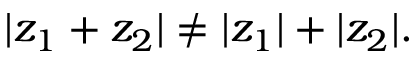
| z _ { 1 } + z _ { 2 } | \neq | z _ { 1 } | + | z _ { 2 } | .